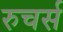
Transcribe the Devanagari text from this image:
रुचर्स